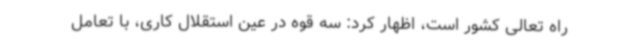
راه تعالی کشور است، اظهار کرد: سه قوه در عین استقلال کاری، با تعامل